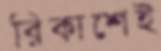
রিকাশেই